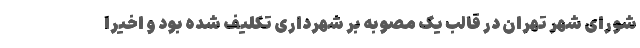
شورای شهر تهران در قالب یک مصوبه بر شهرداری تکلیف شده بود و اخیرا